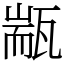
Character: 㼷